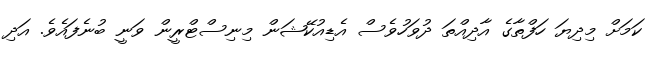
ކަމަށް މިދިޔަ ހަފްތާގެ އާދިއްތަ ދުވަހުވެސް އެޑިއުކޭޝަން މިނިސްޓްރީން ވަނީ ބުނެފައެވެ. އަދި